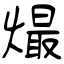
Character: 熶